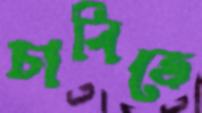
চাবিতে